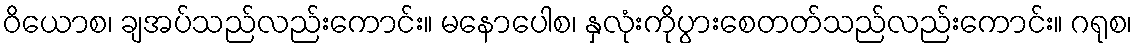
ဝိယောစ၊ ချအပ်သည်လည်းကောင်း။ မနောပေါစ၊ နှလုံးကိုပွားစေတတ်သည်လည်းကောင်း။ ဂရုစ၊